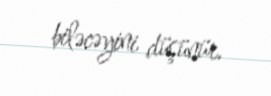
biləcəyini düşünür.